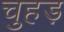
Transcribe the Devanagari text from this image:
चुहड़